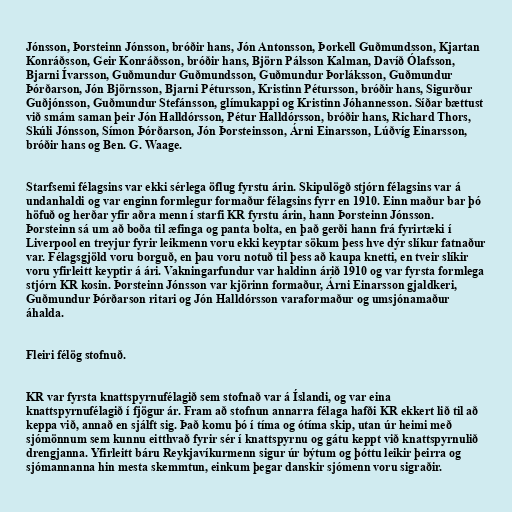
Jónsson, Þorsteinn Jónsson, bróðir hans, Jón Antonsson, Þorkell Guðmundsson, Kjartan
Konráðsson, Geir Konráðsson, bróðir hans, Björn Pálsson Kalman, Davíð Ólafsson,
Bjarni Ívarsson, Guðmundur Guðmundsson, Guðmundur Þorláksson, Guðmundur
Þórðarson, Jón Björnsson, Bjarni Pétursson, Kristinn Pétursson, bróðir hans, Sigurður
Guðjónsson, Guðmundur Stefánsson, glímukappi og Kristinn Jóhannesson. Síðar bættust
við smám saman þeir Jón Halldórsson, Pétur Halldórsson, bróðir hans, Richard Thors,
Skúli Jónsson, Símon Þórðarson, Jón Þorsteinsson, Árni Einarsson, Lúðvíg Einarsson,
bróðir hans og Ben. G. Waage.

Starfsemi félagsins var ekki sérlega öflug fyrstu árin. Skipulögð stjórn félagsins var á
undanhaldi og var enginn formlegur formaður félagsins fyrr en 1910. Einn maður bar þó
höfuð og herðar yfir aðra menn í starfi KR fyrstu árin, hann Þorsteinn Jónsson.
Þorsteinn sá um að boða til æfinga og panta bolta, en það gerði hann frá fyrirtæki í
Liverpool en treyjur fyrir leikmenn voru ekki keyptar sökum þess hve dýr slíkur fatnaður
var. Félagsgjöld voru borguð, en þau voru notuð til þess að kaupa knetti, en tveir slíkir
voru yfirleitt keyptir á ári. Vakningarfundur var haldinn árið 1910 og var fyrsta formlega
stjórn KR kosin. Þorsteinn Jónsson var kjörinn formaður, Árni Einarsson gjaldkeri,
Guðmundur Þórðarson ritari og Jón Halldórsson varaformaður og umsjónamaður
áhalda.

Fleiri félög stofnuð.

KR var fyrsta knattspyrnufélagið sem stofnað var á Íslandi, og var eina
knattspyrnufélagið í fjögur ár. Fram að stofnun annarra félaga hafði KR ekkert lið til að
keppa við, annað en sjálft sig. Það komu þó í tíma og ótíma skip, utan úr heimi með
sjómönnum sem kunnu eitthvað fyrir sér í knattspyrnu og gátu keppt við knattspyrnulið
drengjanna. Yfirleitt báru Reykjavíkurmenn sigur úr býtum og þóttu leikir þeirra og
sjómannanna hin mesta skemmtun, einkum þegar danskir sjómenn voru sigraðir.